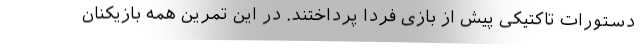
دستورات تاکتیکی پیش از بازی فردا پرداختند. در این تمرین همه بازیکنان